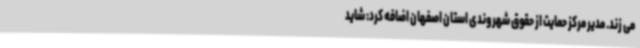
می زند. مدیر مرکز حمایت از حقوق شهروندی استان اصفهان اضافه کرد: شاید